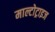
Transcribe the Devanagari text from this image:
माल्टोट्राइज